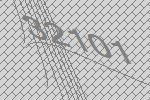
32101